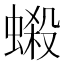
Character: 𧏫